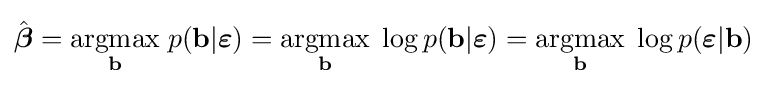
{\hat {\boldsymbol {\beta }}}={\underset {\mathbf {b} }{\operatorname {argmax} }}\;p(\mathbf {b} |{\boldsymbol {\varepsilon }})={\underset {\mathbf {b} }{\operatorname {argmax} }}\;\log p(\mathbf {b} |{\boldsymbol {\varepsilon }})={\underset {\mathbf {b} }{\operatorname {argmax} }}\;\log p({\boldsymbol {\varepsilon }}|\mathbf {b} )